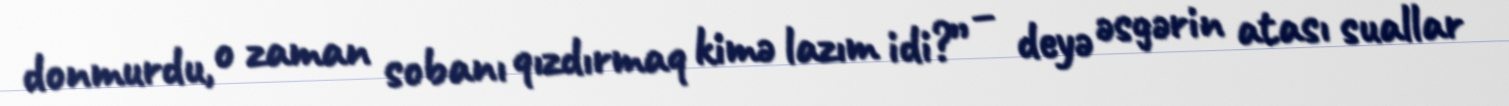
donmurdu, o zaman sobanı qızdırmaq kimə lazım idi?” – deyə əsgərin atası suallar